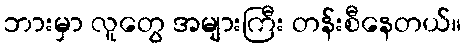
ဘားမှာ လူတွေ အများကြီး တန်းစီနေတယ်။